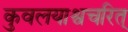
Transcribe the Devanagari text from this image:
कुवलयाश्वचरित्